Madras plague regulations in force outside the Presidency town - Volume 3
Disease focus: Plague
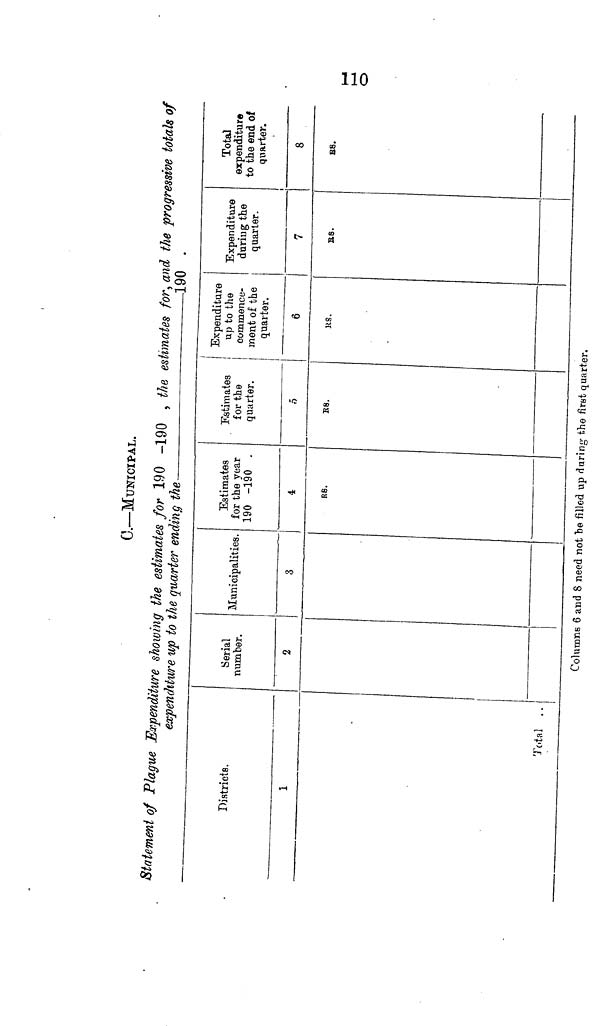
0.—MUNICIPAL.
Statement of Plague Expenditure showing the estimates for 190 -190 , the estimates for, and the progressive totals of
expenditure up to the quarter ending the
—
190 .
Districts.
1
Total . .
Serial
number.
2
Municipalities.
3
Estimates
for the year
190 -190 .
4
RS.
Estimates
for the
quarter.
ó
Expenditure
up to the
Oummence-
ment of the
quarter.
6
Expenditure
during the
quarter.
7
Total
expenditure
to the end of
quarter.
8
Columns 6 and 8 need not he filled up during the first quarter.
110